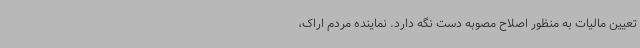
تعیین مالیات به منظور اصلاح مصوبه دست نگه دارد. نماینده مردم اراک،